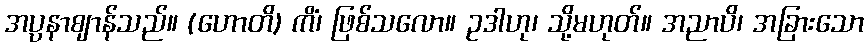
အပ္ပနာဈာန်သည်။ (ဟောတိ) ကိံ၊ ဖြစ်သလော။ ဥဒါဟု၊ သို့မဟုတ်။ အညာပိ၊ အခြားသော